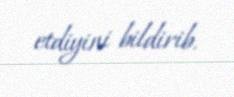
etdiyini bildirib.